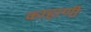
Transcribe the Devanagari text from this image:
काहाणी